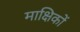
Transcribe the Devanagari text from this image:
माक्षिकों